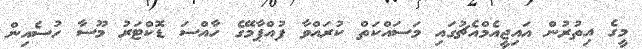
މީގެ އިތުރުން އައިޖީއެމްއެޗުގައި މަސައްކަތް ކުރައްވާ ފުއްޕާމޭގެ ހާއްސަ ޑޮކްޓަރު މޫސާ ހުސެއިން